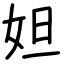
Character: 妲